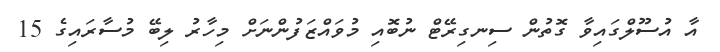
އާ އުސޫލްގައިވާ ގޮތުން ސިނގިރޭޓް ނުބޮއި މުވައްޒަފުންނަށް މިހާރު ލިބޭ މުސާރައިގެ 15